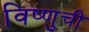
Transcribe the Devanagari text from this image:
विष्णुची